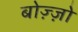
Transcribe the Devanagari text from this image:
बोज़्ज़ो